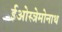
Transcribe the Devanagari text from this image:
ईओस्त्रेमोनाथ